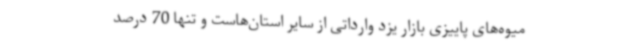
میوه‌های پاییزی بازار یزد وارداتی از سایر استان‌هاست و تنها 70 درصد